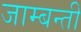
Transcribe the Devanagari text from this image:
जाम्बन्ती